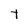
Character: t